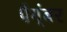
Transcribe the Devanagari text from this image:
पैग्ंबर